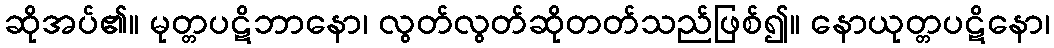
ဆိုအပ်၏။ မုတ္တပဋိဘာနော၊ လွတ်လွတ်ဆိုတတ်သည်ဖြစ်၍။ နောယုတ္တပဋိနော၊